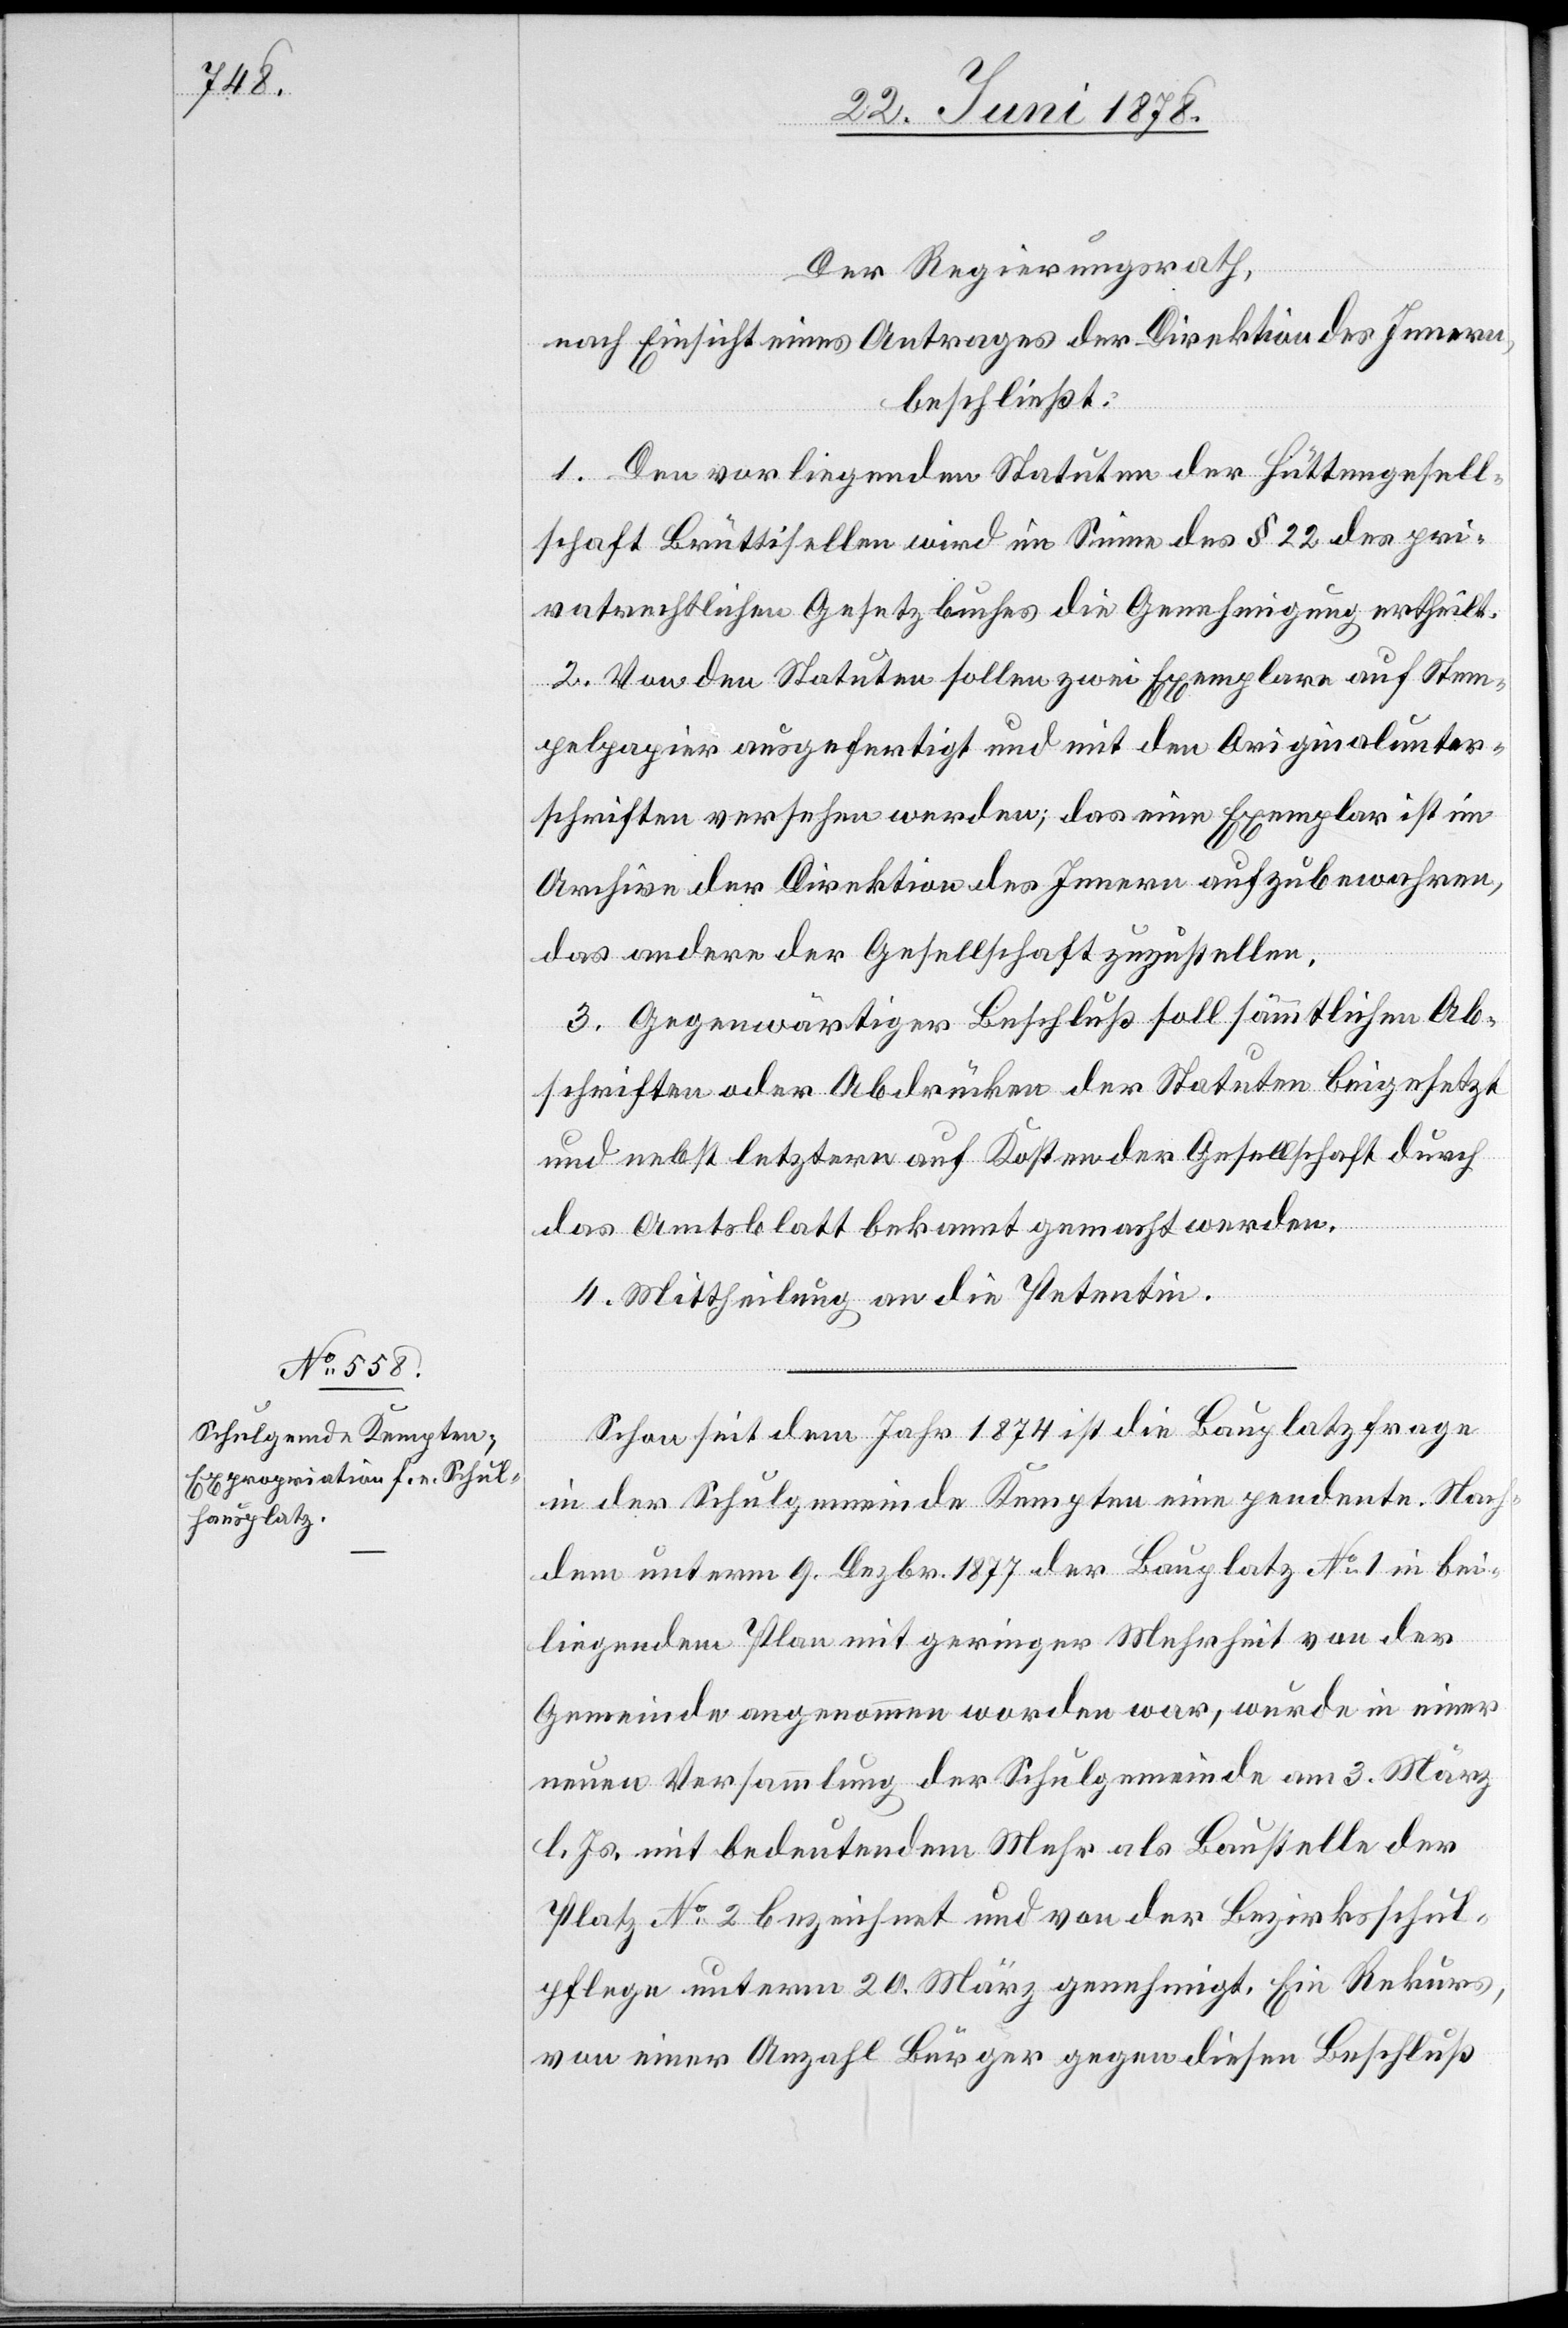
Der Regierungsrath,
nach Einsicht eines Antrages der Direktion des Innern,
beschließt:
1. Den vorliegenden Statuten der Hüttengesell¬
schaft Brüttisellen wird im Sinne des § 22 des pri¬
vatrechtlichen Gesetzbuches die Genehmigung ertheilt.
2. Von den Statuten sollen zwei Exemplare auf Stem¬
pelpapier ausgefertigt und mit den Originalunter¬
schriften versehen werden; das eine Exemplar ist im
Archive der Direktion des Innern aufzubewahren,
das andere der Gesellschaft zuzustellen.
3. Gegenwärtiger Beschluß soll sämmtlichen Ab¬
schriften oder Abdrücken der Statuten beigesetzt
und nebst letztern auf Kosten der Gesellschaft durch
das Amtsblatt bekannt gemacht werden.
4. Mittheilung an die Petentin.
Schon seit dem Jahr 1874 ist die Bauplatzfrage
in der Schulgemeinde Kempten eine pendente. Nach¬
dem unterm 9. Dezbr. 1877 der Bauplatz No 1 in bei¬
liegendem Plan mit geringer Mehrheit von der
Gemeinde angenommen worden war, wurde in einer
neuen Versammlung der Schulgemeinde am 3. März
l. Js. mit bedeutendem Mehr als Baustelle der
Platz No 2 bezeichnet und von der Bezirksschul¬
pflege unterm 20. März genehmigt. Ein Rekurs
von einer Anzahl Bürger gegen diesen Beschluß